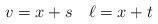
LaTeX: \begin{align*} v = x + s \quad \ell = x + t\end{align*}